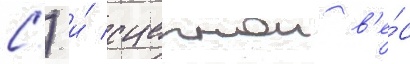
С.) и́ сцепнои в'е́с